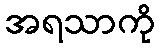
အရသာကို